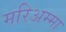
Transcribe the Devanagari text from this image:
मरिअम्मा